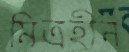
মিত্রহীন